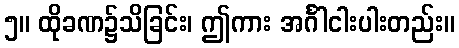
၅။ ထိုခဏ၌သိခြင်း၊ ဤကား အင်္ဂါငါးပါးတည်း။